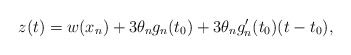
\begin{align*}z(t) = w(x_n) + 3 \theta_n g_n (t_0)+ 3 \theta_n g_n'(t_0) (t-t_0),\end{align*}